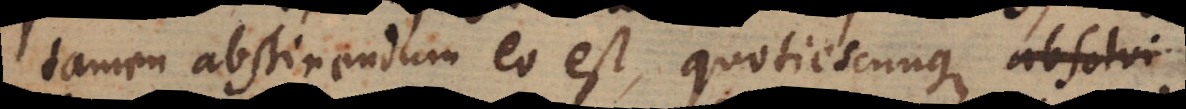
tamen abstinendum eo est, quotiescunque absolvi